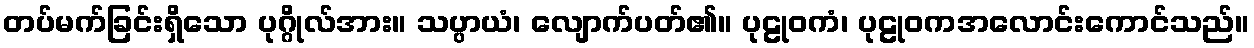
တပ်မက်ခြင်းရှိသော ပုဂ္ဂိုလ်အား။ သပ္ပာယံ၊ လျောက်ပတ်၏။ ပုဠုဝကံ၊ ပုဠုဝကအလောင်းကောင်သည်။